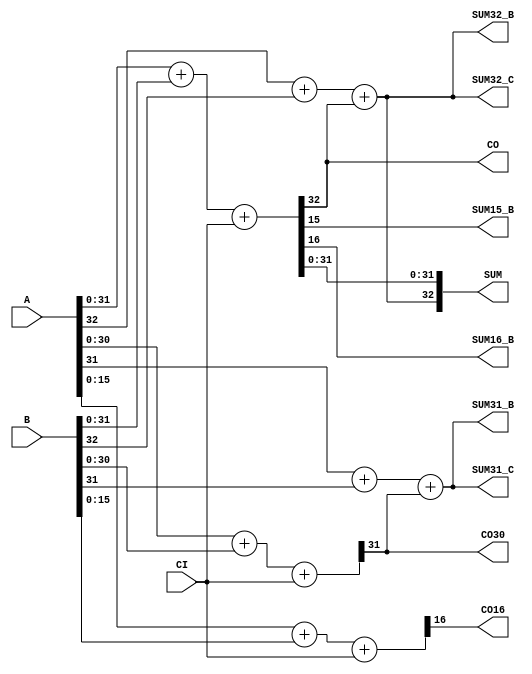
// 
// ************************************************************************** 
// 
//  Copyright (c) International Business Machines Corporation, 2005. 
// 
//  This file contains trade secrets and other proprietary and confidential 
//  information of International Business Machines Corporation which are 
//  protected by copyright and other intellectual property rights and shall 
//  not be reproduced, transferred to other documents, disclosed to others, 
//  or used for any purpose except as specifically authorized in writing by 
//  International Business Machines Corporation. This notice must be 
//  contained as part of this text at all times. 
// 
// ************************************************************************** 
//
// Verilog HDL for "PEPS_CMOS6SF_MAC", "SM_ADD33CICO16_P2" "_behavioral"

module p405s_SM_ADD33CICO16_P2( CO, CO16, CO30, SUM32_B, SUM32_C, SUM31_B, SUM31_C, SUM15_B, SUM16_B, SUM, CI, A, B);
    output CO;
    output [32:0] SUM;
    output SUM31_B,SUM31_C,SUM32_B,SUM32_C,SUM16_B,SUM15_B;
    output CO16;
    output CO30;
    input [32:0] A;
    input [32:0] B;
    input CI;

    wire [15:0] temp1;
    wire [30:0] temp3;
    wire CO_i, CO;
    wire [32:0] SUM, SUM_i;
    wire CO30, CO30_i;

    assign CO   = CO_i;
    assign SUM  = SUM_i;
    assign CO30 = CO30_i;

    assign {CO_i,SUM_i[31:0]} = A[31:0] + B[31:0] + CI;
    assign SUM_i[32] = A[32] + B[32] + CO_i;
    assign SUM32_B = A[32] + B[32] + CO_i;
    assign SUM32_C = A[32] + B[32] + CO_i;

    assign {CO30_i,temp3[30:0]} = A[30:0] + B[30:0] + CI;
    assign SUM31_B = A[31] + B[31] + CO30_i;
    assign SUM31_C = A[31] + B[31] + CO30_i;

    assign SUM16_B = SUM_i[16];

    assign {CO16,temp1[15:0]} = A[15:0] + B[15:0] + CI;

    assign SUM15_B = SUM_i[15];

endmodule